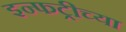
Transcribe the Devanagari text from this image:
इन्फट्रीच्या